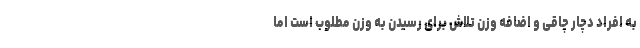
به افراد دچار چاقی و اضافه وزن تلاش برای رسیدن به وزن مطلوب است اما